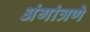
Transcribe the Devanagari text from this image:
अंगांत्रणे